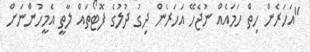
"އަހަރެން ހިތް ހަމައެއް ނުޖެހޭ އަހަރެން ދިގު ދުލުގެ ފޮޓޯތައް ލާތީ އެމީހުންނަށް